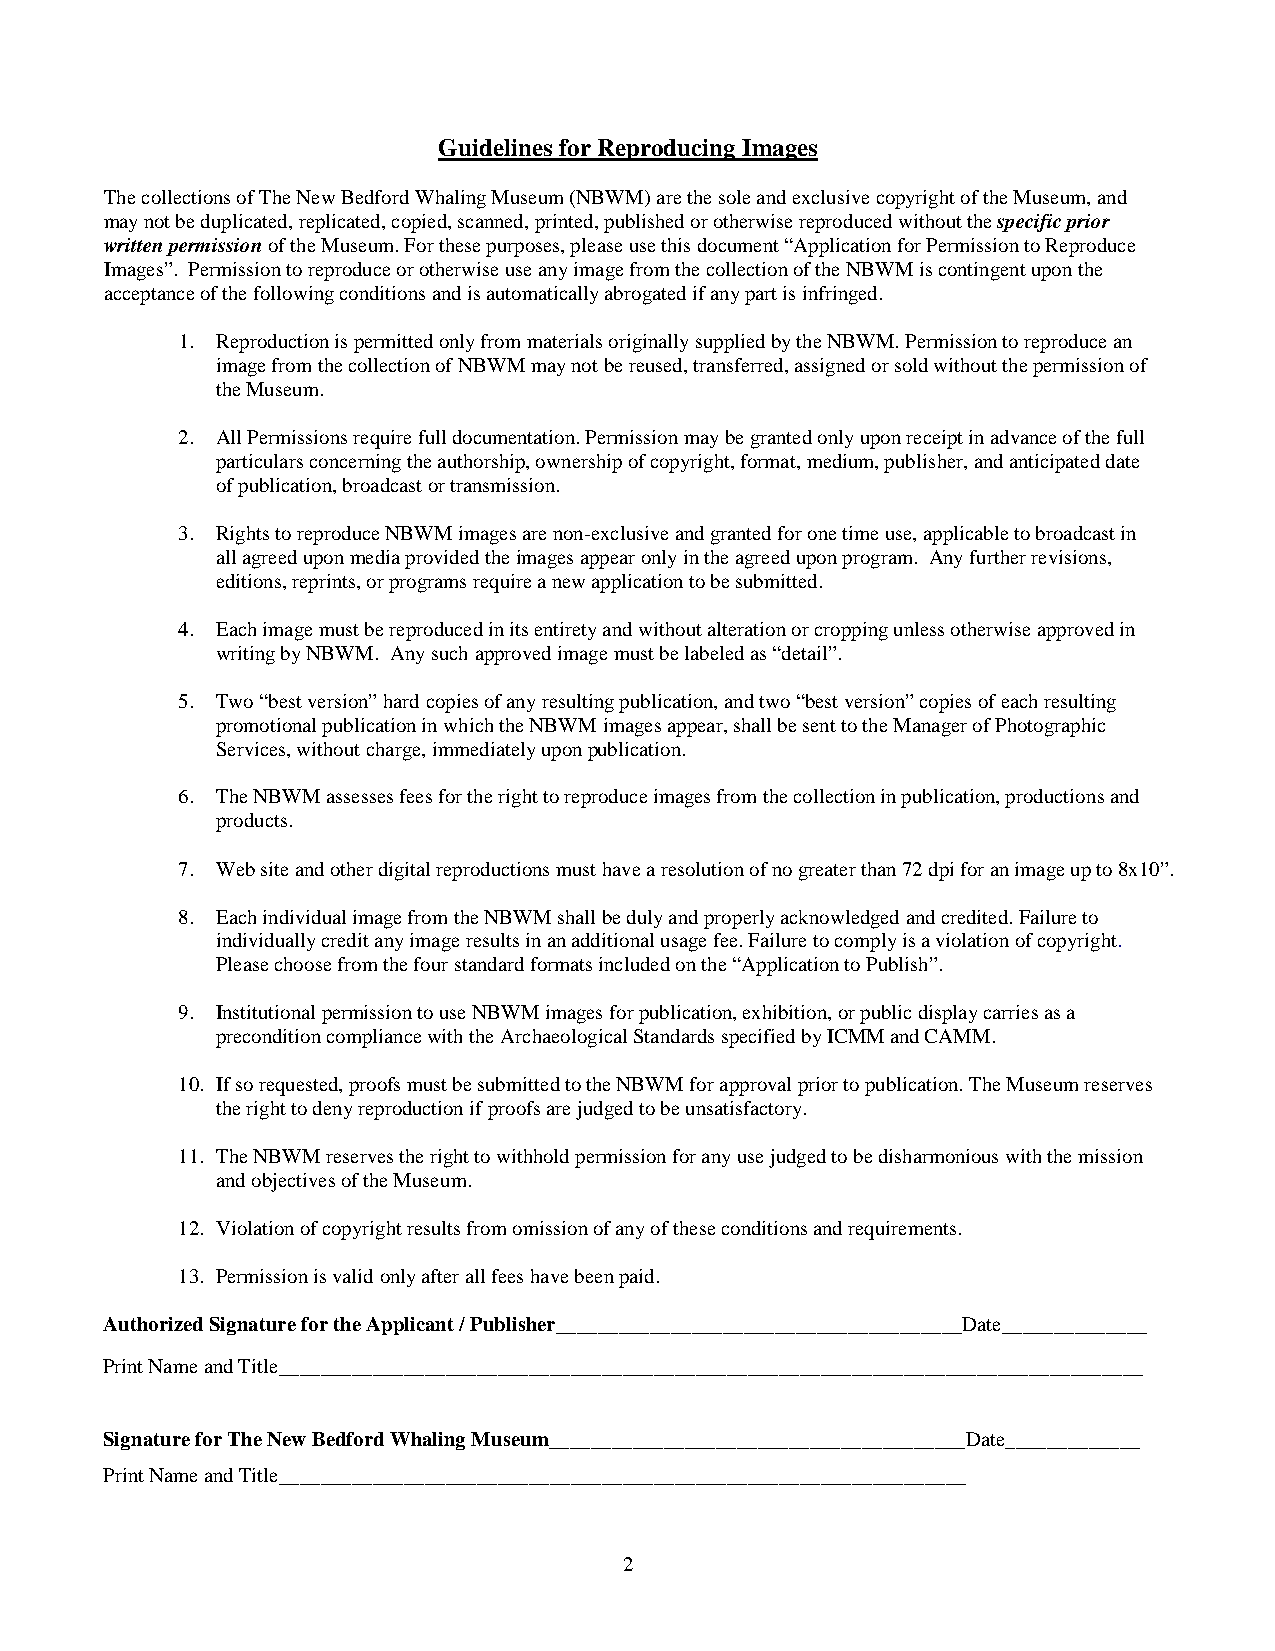
Guidelines for Reproducing Images
 The collections of The New Bedford Whaling Museum (NBWM) are the sole and exclusive copyright of the Museum, and
 may not be duplicated, replicated, copied, scanned, printed, published or otherwise reproduced without the specific prior
 written permission of the Museum. For these purposes, please use this document “Application for Permission to Reproduce
 Images”. Permission to reproduce or otherwise use any image from the collection of the NBWM is contingent upon the
 acceptance of the following conditions and is automatically abrogated if any part is infringed.
 1. Reproduction is permitted only from materials originally supplied by the NBWM. Permission to reproduce an
 image from the collection of NBWM may not be reused, transferred, assigned or sold without the permission of
 the Museum.
 2. All Permissions require full documentation. Permission may be granted only upon receipt in advance of the full
 particulars concerning the authorship, ownership of copyright, format, medium, publisher, and anticipated date
 of publication, broadcast or transmission.
 3. Rights to reproduce NBWM images are non-exclusive and granted for one time use, applicable to broadcast in
 all agreed upon media provided the images appear only in the agreed upon program. Any further revisions,
 editions, reprints, or programs require a new application to be submitted.
 4. Each image must be reproduced in its entirety and without alteration or cropping unless otherwise approved in
 writing by NBWM. Any such approved image must be labeled as “detail”.
 5. Two “best version” hard copies of any resulting publication, and two “best version” copies of each resulting
 promotional publication in which the NBWM images appear, shall be sent to the Manager of Photographic
 Services, without charge, immediately upon publication.
 6. The NBWM assesses fees for the right to reproduce images from the collection in publication, productions and
 products.
 7. Web site and other digital reproductions must have a resolution of no greater than 72 dpi for an image up to 8x10”.
 8. Each individual image from the NBWM shall be duly and properly acknowledged and credited. Failure to
 individually credit any image results in an additional usage fee. Failure to comply is a violation of copyright.
 Please choose from the four standard formats included on the “Application to Publish”.
 9. Institutional permission to use NBWM images for publication, exhibition, or public display carries as a
 precondition compliance with the Archaeological Standards specified by ICMM and CAMM.
 10. If so requested, proofs must be submitted to the NBWM for approval prior to publication. The Museum reserves
 the right to deny reproduction if proofs are judged to be unsatisfactory.
 11. The NBWM reserves the right to withhold permission for any use judged to be disharmonious with the mission
 and objectives of the Museum.
 12. Violation of copyright results from omission of any of these conditions and requirements.
 13. Permission is valid only after all fees have been paid.
 Authorized Signature for the Applicant / Publisher_______________________________________Date______________
 Print Name and Title___________________________________________________________________________________
 Signature for The New Bedford Whaling Museum________________________________________Date_____________
 Print Name and Title__________________________________________________________________
 2